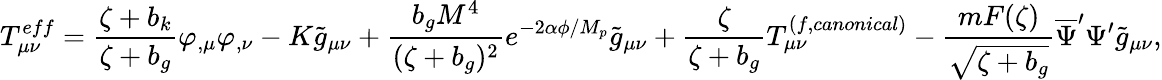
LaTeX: T_{\mu\nu}^{eff}=\frac{\zeta+b_{k}}{\zeta+b_{g}}\varphi_{,\mu}\varphi_{,\nu}-K\tilde{g}_{\mu\nu}+\frac{b_{g}M^{4}}{(\zeta+b_{g})^{2}}e^{-2\alpha\phi/M_{p}}\tilde{g}_{\mu\nu}+\frac{\zeta}{\zeta+b_{g}}T_{\mu\nu}^{(f,canonical)}-\frac{mF(\zeta)}{\sqrt{\zeta+b_{g}}}\overline{{{\Psi}}}^{\prime}\Psi^{\prime}\tilde{g}_{\mu\nu},